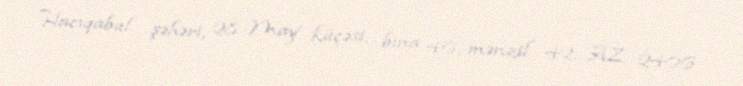
Hacıqabul şəhəri, 28 May küçəsi, bina 46, mənzil 42, AZ 2406